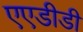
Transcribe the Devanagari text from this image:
एएडीडी